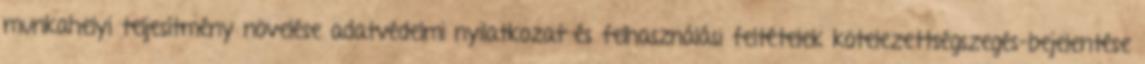
munkahelyi teljesítmény növelése adatvédelmi nyilatkozat és felhasználási feltételek kötelezettségszegés-bejelentése